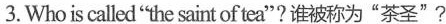
3 .Who is called"the saint of tea"?谁被称为"茶圣"?